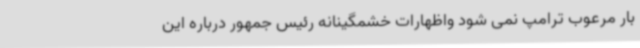
بار مرعوب ترامپ نمی شود واظهارات خشمگینانه رئیس جمهور درباره این